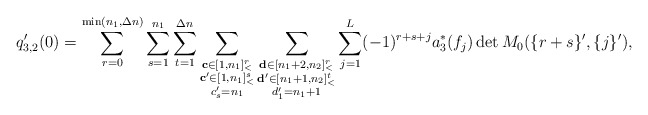
\begin{align*}q_{3,2}'(0)=\sum\limits_{r=0}^{\min(n_1,\Delta n)}\sum\limits_{s=1}^{n_1}\sum\limits_{t=1}^{\Delta n}\sum\limits_{\substack{\mathbf{c}\in [1,n_1]_<^r\\\mathbf{c'}\in [1,n_1]_<^s\\c'_s=n_1}}\sum\limits_{\substack{\mathbf{d}\in [n_1+2,n_2]_<^r\\\mathbf{d'}\in [n_1+1,n_2]_<^t\\d'_1=n_1+1}}\sum\limits_{j=1}^{L}(-1)^{r+s+j}a_3^\ast(f_j)\det M_0(\{r+s\}',\{j\}'),\end{align*}